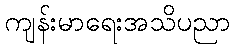
ကျန်းမာရေးအသိပညာ